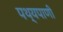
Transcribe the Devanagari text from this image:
पथ्यपाणी